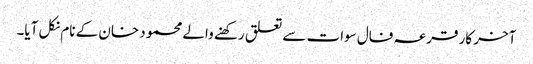
آخر کار قرعہ فال سوات سے تعلق رکھنے والے محمود خان کے نام نکل آیا۔